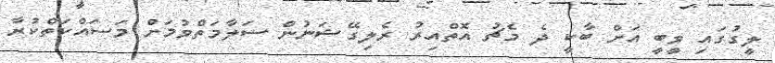
ލީގުގައި ވީބީ އަށް ބާކީ ދެ މެޗު އޮތްއިރު ރެލިގޭޝަނުން ސަލާމަތްވުމަށް މަސައްކަތްކުރާ